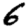
Digit: 6